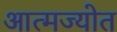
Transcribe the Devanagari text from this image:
आत्मज्योत